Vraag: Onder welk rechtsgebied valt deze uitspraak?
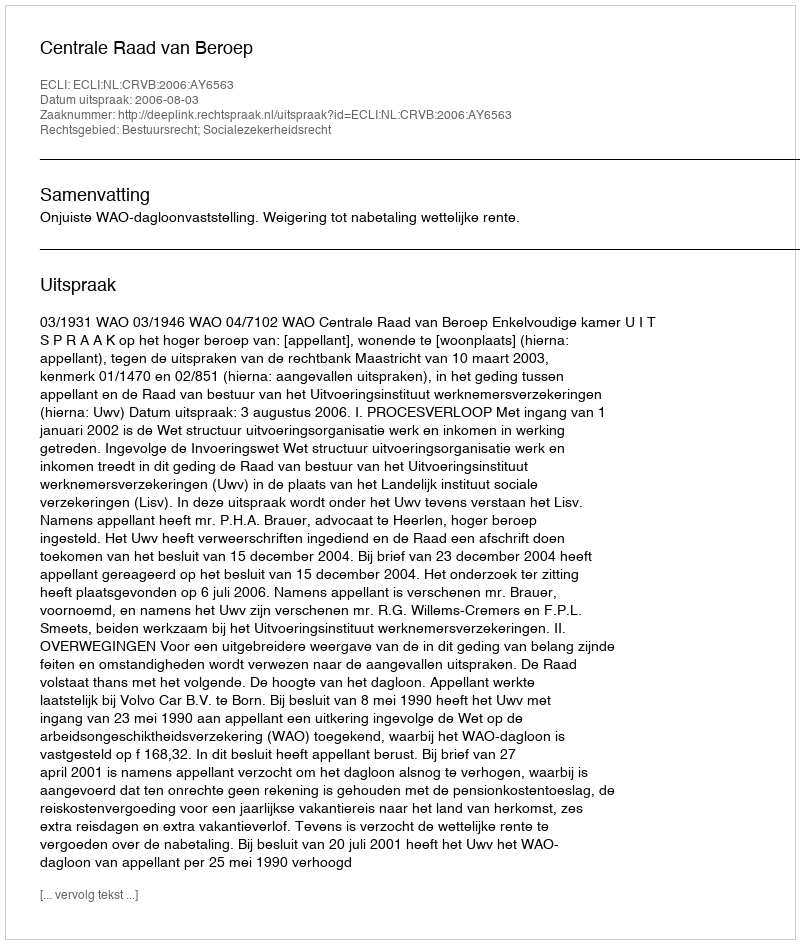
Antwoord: Bestuursrecht; Socialezekerheidsrecht